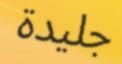
جليدة